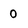
Character: 0